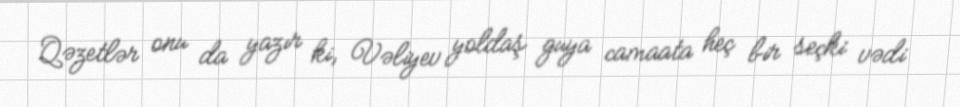
Qəzetlər onu da yazır ki, Vəliyev yoldaş guya camaata heç bir seçki vədi